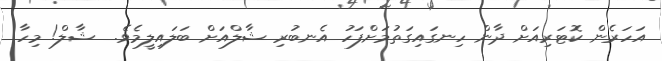
އަހަރެން ކޮޓަރިއަށް ދާން ހިނގައިގަތުމަށްފަހު އެނބުރި ޝާލްއަށް ބަލައިލީމެވެ.  ޝާލް! މިހާ